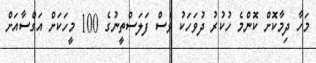
މަހާ ދިމާކޮށް ކޮންމެ ހުކުރު ދުވަހަކު ވެސް ފަލަސްތީނުގެ 100 މީހަކަށް އަގްސާއަށް